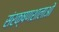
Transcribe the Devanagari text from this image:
संरक्षणशालाओं